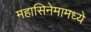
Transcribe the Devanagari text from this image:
महासिनेमामध्ये